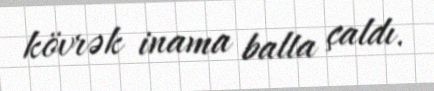
kövrək inama balta çaldı.